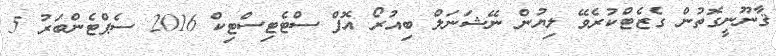
ޤާނޫނީގޮތުން ގެޒެޓްކުރެވޭ ލިޔުން ނޭޝަނަލް ބިއުރޯ އޮފް ސްޓެޓިސްޓިކް 2016 ސެޕްޓެންބަރު 5